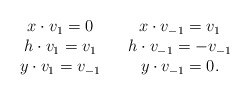
\begin{align*}\begin{array}{c c c}x \cdot v_1 = 0 & & x \cdot v_{-1} = v_1 \\h \cdot v_1 = v_1 & & h \cdot v_{-1} = -v_{-1} \\y \cdot v_1 = v_{-1} & & y \cdot v_{-1} = 0.\end{array}\end{align*}